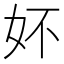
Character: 妚